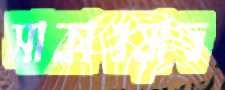
সাকাওয়াত